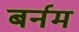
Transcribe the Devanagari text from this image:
बर्नम